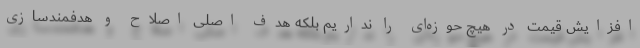
افزایش قیمت در هیچ حوزه‌ای را نداریم بلکه هدف اصلی اصلاح و هدفمندسازی